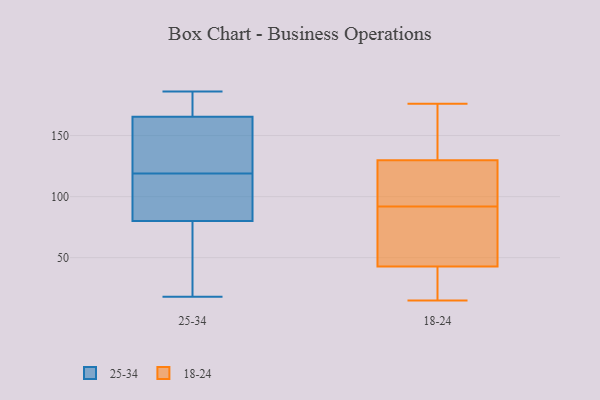
{"axis": {"x": "Population (Million)", "y": "Value"}, "legend": ["18-24", "25-34"], "data": [{"x": "", "y": 138, "type": "25-34"}, {"x": "", "y": 18, "type": "25-34"}, {"x": "", "y": 34, "type": "25-34"}, {"x": "", "y": 180, "type": "25-34"}, {"x": "", "y": 119, "type": "25-34"}, {"x": "", "y": 59, "type": "25-34"}, {"x": "", "y": 155, "type": "25-34"}, {"x": "", "y": 79, "type": "25-34"}, {"x": "", "y": 119, "type": "25-34"}, {"x": "", "y": 171, "type": "25-34"}, {"x": "", "y": 97, "type": "25-34"}, {"x": "", "y": 186, "type": "25-34"}, {"x": "", "y": 160, "type": "25-34"}, {"x": "", "y": 99, "type": "25-34"}, {"x": "", "y": 81, "type": "25-34"}, {"x": "", "y": 181, "type": "25-34"}, {"x": "", "y": 100, "type": "18-24"}, {"x": "", "y": 138, "type": "18-24"}, {"x": "", "y": 39, "type": "18-24"}, {"x": "", "y": 110, "type": "18-24"}, {"x": "", "y": 92, "type": "18-24"}, {"x": "", "y": 91, "type": "18-24"}, {"x": "", "y": 170, "type": "18-24"}, {"x": "", "y": 176, "type": "18-24"}, {"x": "", "y": 90, "type": "18-24"}, {"x": "", "y": 15, "type": "18-24"}, {"x": "", "y": 44, "type": "18-24"}, {"x": "", "y": 33, "type": "18-24"}, {"x": "", "y": 127, "type": "18-24"}]}